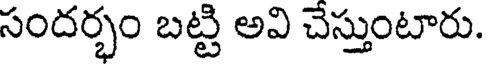
సందర్భం బట్టి అవి చేస్తుంటారు.